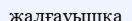
жалғауышқа